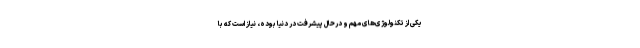
یکی از تکنولوژی‌های مهم و درحال پیشرفت در دنیا بوده، نیاز است که با